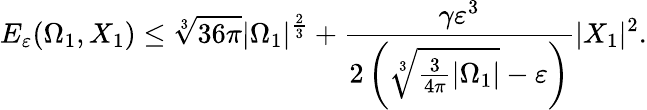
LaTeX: E_{\varepsilon}(\Omega_{1},X_{1})\leq\sqrt[3]{36\pi}|\Omega_{1}|^{\frac{2}{3}}+\frac{\gamma\varepsilon^{3}}{2\left(\sqrt[3]{\frac{3}{4\pi}|\Omega_{1}|}-\varepsilon\right)}|X_{1}|^{2}.